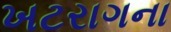
ખટરાગના